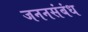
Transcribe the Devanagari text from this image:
जननसंबंध